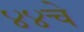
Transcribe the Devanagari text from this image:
४४चे